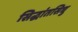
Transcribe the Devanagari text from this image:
सिद्धांतसिधु